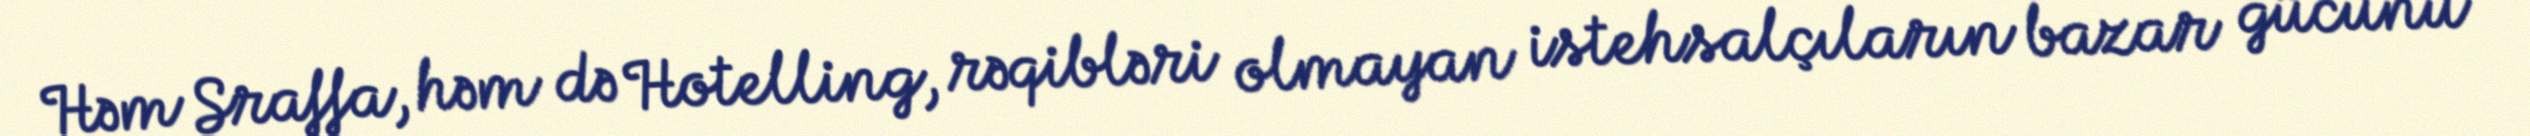
Həm Sraffa, həm də Hotelling, rəqibləri olmayan istehsalçıların bazar gücünü